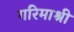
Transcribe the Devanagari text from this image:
गरिमाश्री